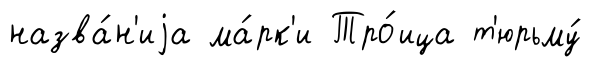
назва́н'иjа ма́рк'и Тро́ица т'юрьму́